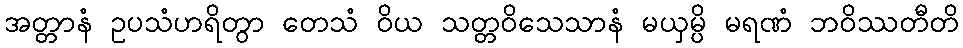
အတ္တာနံ ဥပသံဟရိတွာ တေသံ ဝိယ သတ္တဝိသေသာနံ မယှမ္ပိ မရဏံ ဘဝိဿတီတိ